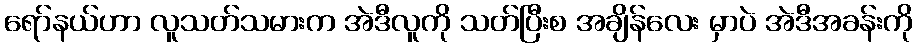
ရော်နယ်ဟာ လူသတ်သမားက အဲဒီလူကို သတ်ပြီးစ အချိန်လေး မှာပဲ အဲဒီအခန်းကို